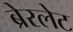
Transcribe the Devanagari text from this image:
ब्रेरलेट